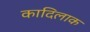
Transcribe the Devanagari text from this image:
कादिलाक